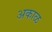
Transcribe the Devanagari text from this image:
अकाळ